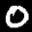
Label: 0